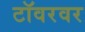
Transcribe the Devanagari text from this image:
टॉवरवर